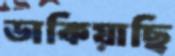
ডাকিয়াছি